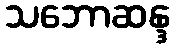
သဘောဆန္ဒ